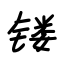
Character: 镂